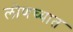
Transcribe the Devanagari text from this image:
लोणच्यात